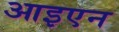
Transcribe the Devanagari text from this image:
आइएन